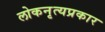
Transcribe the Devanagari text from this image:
लोकनृत्यप्रकार